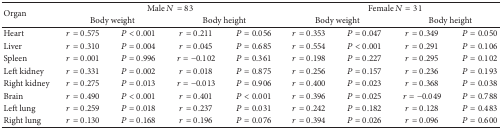
<table><thead><tr><td rowspan="2"><b>Organ </b></td><td colspan="4"><b>Male <i>N</i> = 83</b></td><td colspan="4"><b>Female <i>N</i> = 31</b></td></tr><tr><td colspan="2"><b>Body weight </b></td><td colspan="2"><b>Body height </b></td><td colspan="2"><b>Body weight </b></td><td colspan="2"><b>Body height </b></td></tr></thead><tbody><tr><td>Heart</td><td><i>r</i> = 0.575</td><td><i>P</i> &lt; 0.001</td><td><i>r</i> = 0.211</td><td><i>P</i> = 0.056</td><td><i>r</i> = 0.353</td><td><i>P</i> = 0.047</td><td><i>r</i> = 0.349</td><td><i>P</i> = 0.050</td></tr><tr><td>Liver</td><td><i>r</i> = 0.310</td><td><i>P</i> = 0.004</td><td><i>r</i> = 0.045</td><td><i>P</i> = 0.685</td><td><i>r</i> = 0.554</td><td><i>P</i> &lt; 0.001</td><td><i>r</i> = 0.291</td><td><i>P</i> = 0.106</td></tr><tr><td>Spleen</td><td><i>r</i> = 0.001</td><td><i>P</i> = 0.996</td><td><i>r</i> = −0.102</td><td><i>P</i> = 0.361</td><td><i>r</i> = 0.198</td><td><i>P</i> = 0.227</td><td><i>r</i> = 0.295</td><td><i>P</i> = 0.102</td></tr><tr><td>Left kidney</td><td><i>r</i> = 0.331</td><td><i>P</i> = 0.002</td><td><i>r</i> = 0.018</td><td><i>P</i> = 0.875</td><td><i>r</i> = 0.256</td><td><i>P</i> = 0.157</td><td><i>r</i> = 0.236</td><td><i>P</i> = 0.193</td></tr><tr><td>Right kidney</td><td><i>r</i> = 0.275</td><td><i>P</i> = 0.013</td><td><i>r</i> = −0.013</td><td><i>P</i> = 0.906</td><td><i>r</i> = 0.400</td><td><i>P</i> = 0.023</td><td><i>r</i> = 0.368</td><td><i>P</i> = 0.038</td></tr><tr><td>Brain</td><td><i>r</i> = 0.490</td><td><i>P</i> &lt; 0.001</td><td><i>r</i> = 0.401</td><td><i>P</i> &lt; 0.001</td><td><i>r</i> = 0.396</td><td><i>P</i> = 0.025</td><td><i>r</i> = −0.049</td><td><i>P</i> = 0.788</td></tr><tr><td>Left lung</td><td><i>r</i> = 0.259</td><td><i>P</i> = 0.018</td><td><i>r</i> = 0.237</td><td><i>P</i> = 0.031</td><td><i>r</i> = 0.242</td><td><i>P</i> = 0.182</td><td><i>r</i> = 0.128</td><td><i>P</i> = 0.483</td></tr><tr><td>Right lung</td><td><i>r</i> = 0.130</td><td><i>P</i> = 0.168</td><td><i>r</i> = 0.196</td><td><i>P</i> = 0.076</td><td><i>r</i> = 0.394</td><td><i>P</i> = 0.026</td><td><i>r</i> = 0.096</td><td><i>P</i> = 0.600</td></tr></tbody></table>